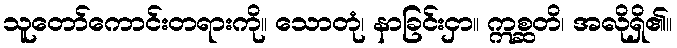
သူတော်ကောင်းတရားကို။ သောတုံ၊ နာခြင်းငှာ။ ဣစ္ဆတိ၊ အလိုရှိ၏။